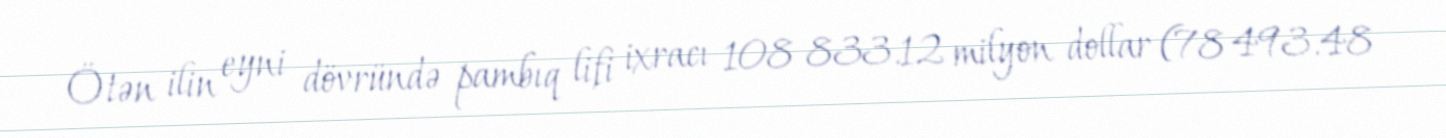
Ötən ilin eyni dövründə pambıq lifi ixracı 108 833.12 milyon dollar (78 493.48